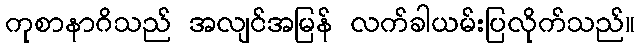
ကုစာနာဂိသည် အလျင်အမြန် လက်ခါယမ်းပြလိုက်သည်။